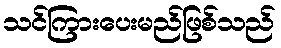
သင်ကြားပေးမည်ဖြစ်သည်